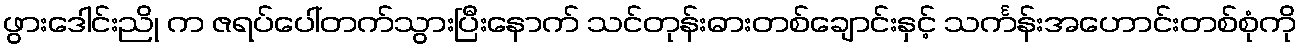
ဖွားဒေါင်းညို က ဇရပ်ပေါ်တက်သွားပြီးနောက် သင်တုန်းဓားတစ်ချောင်းနှင့် သင်္ကန်းအဟောင်းတစ်စုံကို